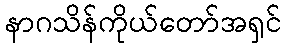
နာဂသိန်ကိုယ်တော်အရှင်